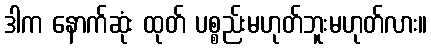
ဒါက နောက်ဆုံး ထုတ် ပစ္စည်းမဟုတ်ဘူးမဟုတ်လား။